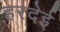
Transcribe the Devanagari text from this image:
हरदेई